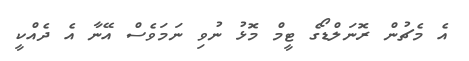
އެ މެޗުން ރޮނަލްޑޯގެ ޓީމް މޮޅު ނުވި ނަމަވެސް އޭނާ އެ ދެއްކީ